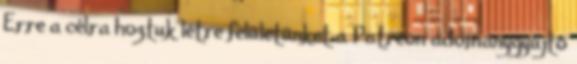
Erre a célra hoztuk létre felületünket a Patreon adománygyűjtő